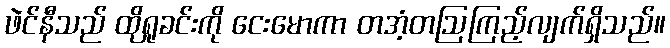
ဖဲင်နီသည် ထိုရှုခင်းကို ငေးမောကာ တအံ့တဩကြည့်လျက်ရှိသည်။